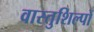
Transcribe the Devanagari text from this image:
वास्तुशिल्पों